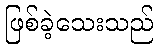
ဖြစ်ခဲ့သေးသည်